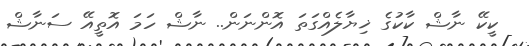
ކީކޭ ނާޝް ކާކުގެ ޚިޔާލެއްގަތަ އޮންނަން.. ނާޝް ހަމަ އޮތީއޭ ސަނާޝް